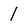
Character: 1